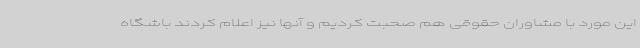
این مورد با مشاوران حقوقی هم صحبت کردیم و آنها نیز اعلام کردند باشگاه